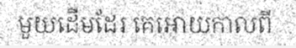
មួយដើមដែរ គេអោយកាលពី